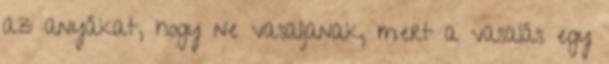
az anyákat, hogy ne vasaljanak, mert a vasalás egy